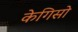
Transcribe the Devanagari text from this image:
केगिसो